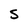
Character: S